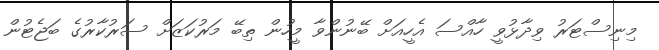
މިނިސްޓަރު ވިދާޅުވީ ހާއްސަ އެހީއަށް ބޭނުންވާ މީހުން ތިބޭ މަރުކަޒަށް ސަރުކާރުގެ ބަޖެޓުން